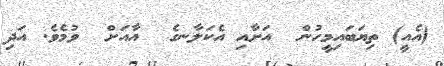
(އެއީ) ތިޔަބައިމީހުން  އަށާއި އެކަލާނގެ  އާއަށް  ވުމެވެ. އަދި